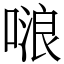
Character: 𠺘